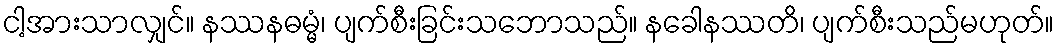
ငါ့အားသာလျှင်။ နဿနဓမ္မံ၊ ပျက်စီးခြင်းသဘောသည်။ နခေါနဿတိ၊ ပျက်စီးသည်မဟုတ်။